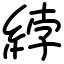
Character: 綍